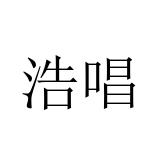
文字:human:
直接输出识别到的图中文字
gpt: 浩唱